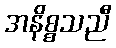
အနိစ္စသညီ